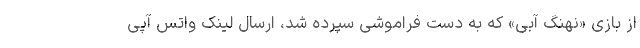
از بازی «نهنگ آبی» که به دست فراموشی سپرده شد، ارسال لینک واتس آپی